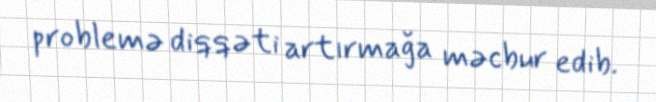
problemə diqqəti artırmağa məcbur edib.